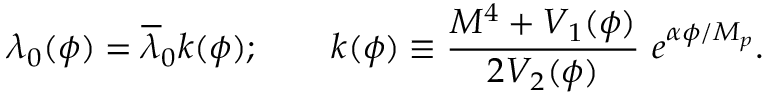
\lambda _ { 0 } ( \phi ) = \overline { { { \lambda } } } _ { 0 } k ( \phi ) ; \qquad k ( \phi ) \equiv \frac { M ^ { 4 } + V _ { 1 } ( \phi ) } { 2 V _ { 2 } ( \phi ) } \ e ^ { \alpha \phi / M _ { p } } .